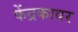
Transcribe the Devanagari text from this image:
केंद्रकावर